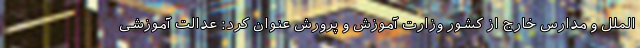
الملل و مدارس خارج از کشور وزارت آموزش و پرورش عنوان کرد: عدالت آموزشی